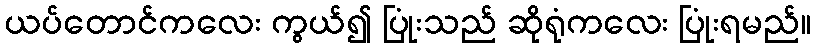
ယပ်တောင်ကလေး ကွယ်၍ ပြုံးသည် ဆိုရုံကလေး ပြုံးရမည်။